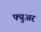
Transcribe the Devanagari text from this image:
फ्युअर